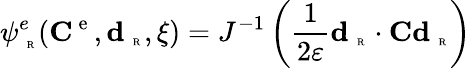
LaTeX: \psi_{\mathrm{~\tiny~R~}}^{e}({\mathbf C}^{\mathrm{~e~}},\textbf{d}_{\mathrm{~\tiny~R~}},\xi)=J^{-1}\left(\frac{1}{2\varepsilon}\textbf{d}_{\mathrm{~\tiny~R~}}\cdot\textbf{C}\textbf{d}_{\mathrm{~\tiny~R~}}\right)